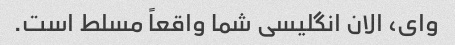
وای، الان انگلیسی شما واقعاً مسلط است.